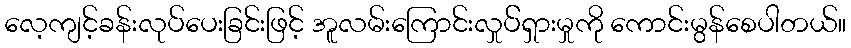
လေ့ကျင့်ခန်းလုပ်ပေးခြင်းဖြင့် အူလမ်းကြောင်းလှုပ််ရှားမှုကို ကောင်းမွန်စေပါတယ်။